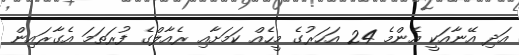
އަދި އޭނާއަކީ އެންމެ 24 އަހަރުގެ މީހެއް ކަމަށާއި ރެއާލްގެ ފުރަތަމަ އެގާރައިން